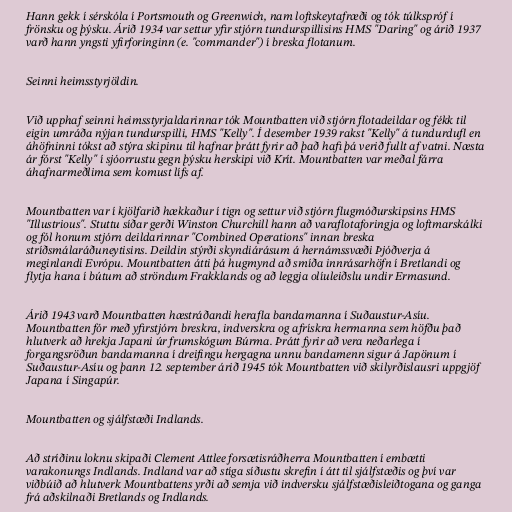
Hann gekk í sérskóla í Portsmouth og Greenwich, nam loftskeytafræði og tók túlkspróf í
frönsku og þýsku. Árið 1934 var settur yfir stjórn tundurspillisins HMS "Daring" og árið 1937
varð hann yngsti yfirforinginn (e. "commander") í breska flotanum.

Seinni heimsstyrjöldin.

Við upphaf seinni heimsstyrjaldarinnar tók Mountbatten við stjórn flotadeildar og fékk til
eigin umráða nýjan tundurspilli, HMS "Kelly". Í desember 1939 rakst "Kelly" á tundurdufl en
áhöfninni tókst að stýra skipinu til hafnar þrátt fyrir að það hafi þá verið fullt af vatni. Næsta
ár fórst "Kelly" í sjóorrustu gegn þýsku herskipi við Krít. Mountbatten var meðal fárra
áhafnarmeðlima sem komust lífs af.

Mountbatten var í kjölfarið hækkaður í tign og settur við stjórn flugmóðurskipsins HMS
"Illustrious". Stuttu síðar gerði Winston Churchill hann að varaflotaforingja og loftmarskálki
og fól honum stjórn deildarinnar "Combined Operations" innan breska
stríðsmálaráðuneytisins. Deildin stýrði skyndiárásum á hernámssvæði Þjóðverja á
meginlandi Evrópu. Mountbatten átti þá hugmynd að smíða innrásarhöfn í Bretlandi og
flytja hana í bútum að ströndum Frakklands og að leggja olíuleiðslu undir Ermasund.

Árið 1943 varð Mountbatten hæstráðandi herafla bandamanna í Suðaustur-Asíu.
Mountbatten fór með yfirstjórn breskra, indverskra og afrískra hermanna sem höfðu það
hlutverk að hrekja Japani úr frumskógum Búrma. Þrátt fyrir að vera neðarlega í
forgangsröðun bandamanna í dreifingu hergagna unnu bandamenn sigur á Japönum í
Suðaustur-Asíu og þann 12. september árið 1945 tók Mountbatten við skilyrðislausri uppgjöf
Japana í Singapúr.

Mountbatten og sjálfstæði Indlands.

Að stríðinu loknu skipaði Clement Attlee forsætisráðherra Mountbatten í embætti
varakonungs Indlands. Indland var að stíga síðustu skrefin í átt til sjálfstæðis og því var
viðbúið að hlutverk Mountbattens yrði að semja við indversku sjálfstæðisleiðtogana og ganga
frá aðskilnaði Bretlands og Indlands.